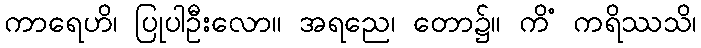
ကာရေဟိ၊ ပြုပါဦးလော။ အရညေ၊ တော၌။ ကိံ ကရိဿသိ၊